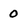
Character: O